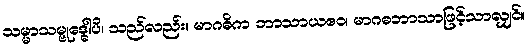
သမ္မာသမ္ဗုဒ္ဓေါပိ၊ သည်လည်း။ မာဂဓိက ဘာသာယဧဝ၊ မာဂဓဘာသာဖြင့်သာလျှင်။